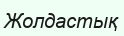
Жолдастық